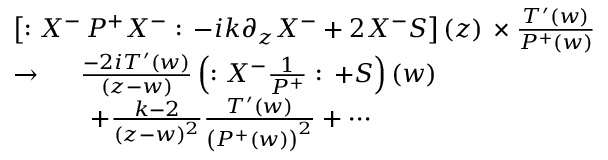
\begin{array} { l } { { \left[ : X ^ { - } \, P ^ { + } X ^ { - } : \, - i k \partial _ { z } X ^ { - } + 2 X ^ { - } S \right] ( z ) \, \times \frac { T ^ { \prime } ( w ) } { P ^ { + } ( w ) } } } \\ { { \rightarrow \, \quad \, \frac { - 2 i T ^ { \prime } ( w ) } { \left( z - w \right) } \left( : X ^ { - } \frac 1 { P ^ { + } } : \, + S \right) ( w ) } } \\ { { \quad \quad \quad + \frac { k - 2 } { ( z - w ) ^ { 2 } } \frac { T ^ { \prime } ( w ) } { \left( P ^ { + } ( w ) \right) ^ { 2 } } + \cdots } } \end{array}